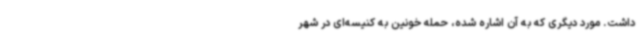
داشت. مورد دیگری که به آن اشاره شده، حمله خونین به کنیسه‌ای در شهر